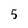
Character: 5